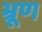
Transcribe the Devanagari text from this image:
भ्रूण